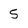
Character: 5